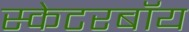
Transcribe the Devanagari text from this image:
स्केटरबॉय